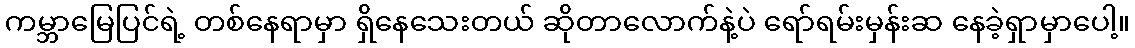
ကမ္ဘာမြေပြင်ရဲ့ တစ်နေရာမှာ ရှိနေသေးတယ် ဆိုတာလောက်နဲ့ပဲ ရော်ရမ်းမှန်းဆ နေခဲ့ရှာမှာပေါ့။